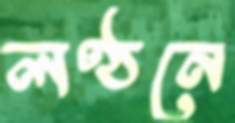
লণ্ঠনে